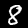
Label: 8